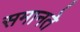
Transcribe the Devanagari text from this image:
समानते